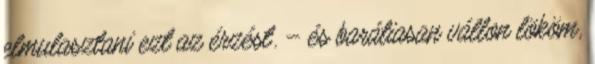
elmulasztani ezt az érzést. – és barátiasan vállon lököm,